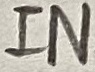
Text: IN